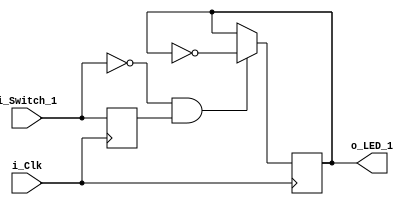
module clocked_logic
	(input i_Clk,
	input i_Switch_1,
	output o_LED_1);
	
	reg r_LED_1 = 1'b0;
	reg r_Switch_1 = 1'b0;

	always @(posedge i_Clk)
		begin
			r_Switch_1 <= i_Switch_1; // creates a register
			
			if (i_Switch_1 == 1'b0 && r_Switch_1 == 1'b1) // falling edge
				begin
					r_LED_1 <= ~r_LED_1; // toggled the LED
				end
		end
	
	assign o_LED_1 = r_LED_1;

endmodule // clocked_logic